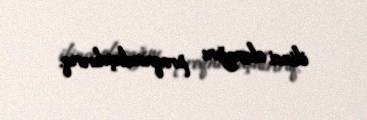
ikinci olacağını proqnozlaşdırırıq.